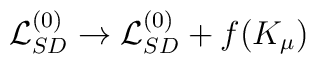
{\cal L}_{SD}^{(0)} \to {\cal L}_{SD}^{(0)} + f(K_\mu)